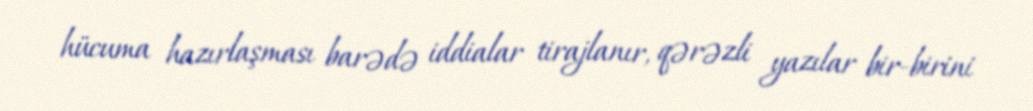
hücuma hazırlaşması barədə iddialar tirajlanır, qərəzli yazılar bir-birini